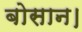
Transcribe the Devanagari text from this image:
बोसान।